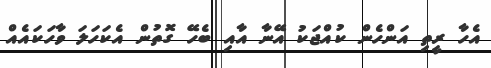
އެހާ ރީތި އަންހެން ކުއްޖަކު އޭނާ އާއި ބެހޭ ގޮތުން އެކަހަލަ ވާހަކައެއް